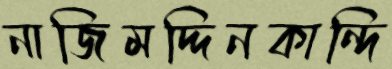
নাজিমদ্দিনকান্দি